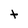
Character: t